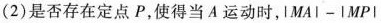
(2)是否存在定点P，使得当A运动时，\left | MA \right | -\left | MP \right |